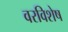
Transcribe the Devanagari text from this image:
वरविशेष